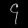
Digit: ၄